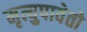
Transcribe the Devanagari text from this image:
मृत्युपावेतो